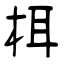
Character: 栮